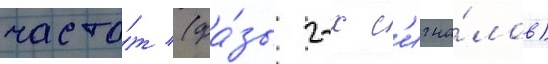
часто́т (фа́зы 2-х с'игна́лов)